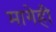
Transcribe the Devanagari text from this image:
मागेही